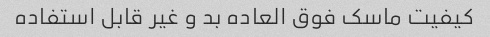
کیفیت ماسک فوق العاده بد و غیر قابل استفاده